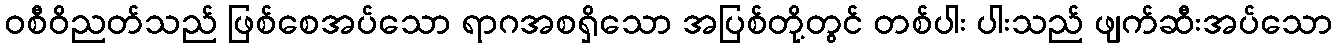
ဝစီဝိညတ်သည် ဖြစ်စေအပ်သော ရာဂအစရှိသော အပြစ်တို့တွင် တစ်ပါး ပါးသည် ဖျက်ဆီးအပ်သော